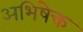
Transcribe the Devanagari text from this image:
अभिषेक्त